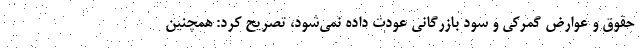
حقوق و عوارض گمرکی و سود بازرگانی عودت داده نمی‌شود، تصریح کرد: همچنین